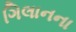
ગિલાનના